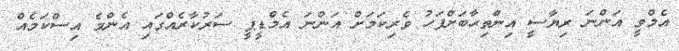
އެމްވީ އަންނަ ރިޔާސީ އިންތިޙާބަށްފަހު ވެރިކަމަށް އަންނަ އެމްޑީޕީ ސަރުކާރެއްގައި އެންމެ އިސްކަމެއް